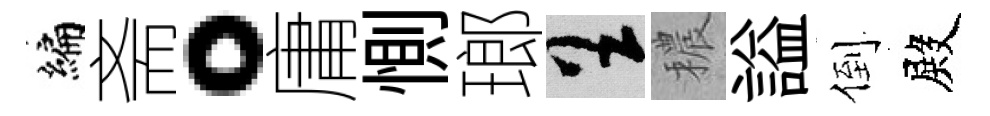
编斋。庸惻瑯呈穠謚倒殿